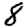
Digit: 8